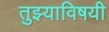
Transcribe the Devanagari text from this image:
तुझ्याविषयी